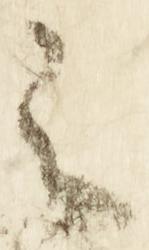
之